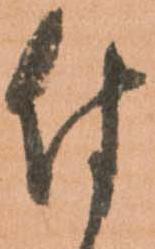
付